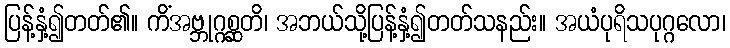
ပြန့်နှံ့၍တတ်၏။ ကိံအဗ္ဘုဂ္ဂစ္ဆတိ၊ အဘယ်သို့ပြန့်နှံ့၍တတ်သနည်း။ အယံပုရိသပုဂ္ဂလော၊